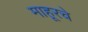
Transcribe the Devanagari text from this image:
माहूरचे